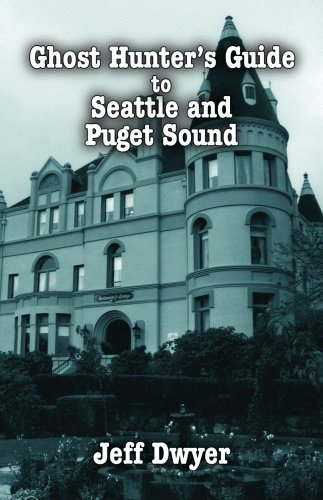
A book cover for Ghost Hunter's Guide to Seattle; Jeff Dwyer; Travel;